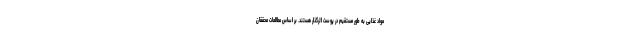
مواد غذایی به طور مستقیم در پوست اثرگذار هستند. بر اساس مطالعات محققان